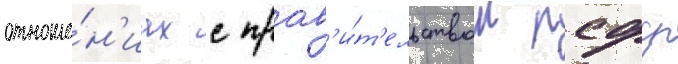
отноше́н'иах с прав'и́т'ельством рсфср